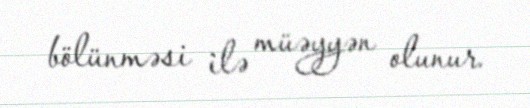
bölünməsi ilə müəyyən olunur.